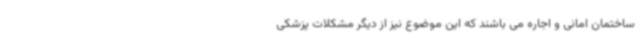
ساختمان امانی و اجاره می باشند که این موضوع نیز از دیگر مشکلات پزشکی